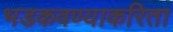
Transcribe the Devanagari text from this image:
भडकवण्याकरिता